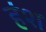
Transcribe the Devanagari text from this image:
हंश